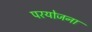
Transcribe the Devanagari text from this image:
परयोजना